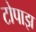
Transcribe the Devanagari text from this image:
टोपाझ